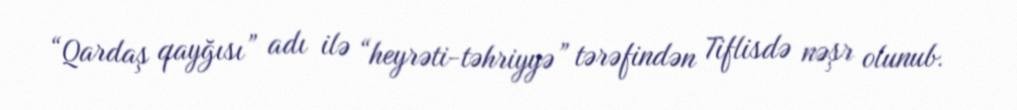
“Qardaş qayğısı” adı ilə “heyrəti-təhriyyə” tərəfindən Tiflisdə nəşr olunub.